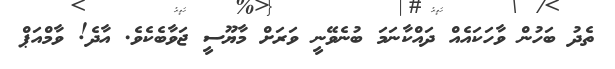
ތެދު ބަހުން ވާހަކައެއް ދައްކާނަމަ ބުނެވޭނީ ވަރަށް މާޔޫސީ ޖަވާބެކެވެ. އާދެ! ވާމްއަޕް